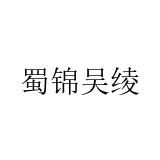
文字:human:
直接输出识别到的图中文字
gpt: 蜀锦吴绫